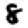
Digit: 8